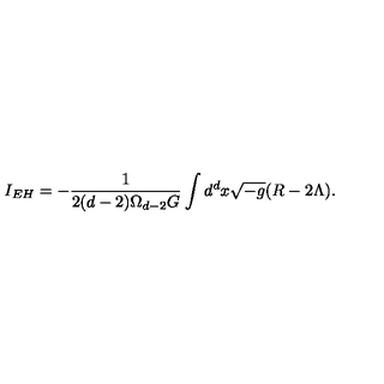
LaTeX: I _ { E H } = - \frac { 1 } { 2 ( d - 2 ) \Omega _ { d - 2 } G } \int d ^ { d } x \sqrt { - g } ( R - 2 \Lambda ) .